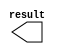
// megafunction wizard: %LPM_CONSTANT%VBB%
// GENERATION: STANDARD
// VERSION: WM1.0
// MODULE: lpm_constant 

// ============================================================
// Megafunction Name(s):
// 			lpm_constant
//
// Simulation Library Files(s):
// 			lpm
// ============================================================
// ************************************************************
// THIS IS A WIZARD-GENERATED FILE. DO NOT EDIT THIS FILE!
//
// 9.0 Build 132 02/25/2009 SJ Full Version
// ************************************************************

//Copyright (C) 1991-2009 Altera Corporation
//Your use of Altera Corporation's design tools, logic functions 
//and other software and tools, and its AMPP partner logic 
//functions, and any output files from any of the foregoing 
//(including device programming or simulation files), and any 
//associated documentation or information are expressly subject 
//to the terms and conditions of the Altera Program License 
//Subscription Agreement, Altera MegaCore Function License 
//Agreement, or other applicable license agreement, including, 
//without limitation, that your use is for the sole purpose of 
//programming logic devices manufactured by Altera and sold by 
//Altera or its authorized distributors.  Please refer to the 
//applicable agreement for further details.

module constant0 (
	result);

	output	[0:0]  result;

endmodule

// ============================================================
// CNX file retrieval info
// ============================================================
// Retrieval info: PRIVATE: INTENDED_DEVICE_FAMILY STRING "Stratix II"
// Retrieval info: PRIVATE: JTAG_ENABLED NUMERIC "1"
// Retrieval info: PRIVATE: JTAG_ID STRING "WR"
// Retrieval info: PRIVATE: Radix NUMERIC "10"
// Retrieval info: PRIVATE: SYNTH_WRAPPER_GEN_POSTFIX STRING "0"
// Retrieval info: PRIVATE: Value NUMERIC "0"
// Retrieval info: PRIVATE: nBit NUMERIC "1"
// Retrieval info: CONSTANT: LPM_CVALUE NUMERIC "0"
// Retrieval info: CONSTANT: LPM_HINT STRING "ENABLE_RUNTIME_MOD=YES, INSTANCE_NAME=WR"
// Retrieval info: CONSTANT: LPM_TYPE STRING "LPM_CONSTANT"
// Retrieval info: CONSTANT: LPM_WIDTH NUMERIC "1"
// Retrieval info: USED_PORT: result 0 0 1 0 OUTPUT NODEFVAL result[0..0]
// Retrieval info: CONNECT: result 0 0 1 0 @result 0 0 1 0
// Retrieval info: LIBRARY: lpm lpm.lpm_components.all
// Retrieval info: GEN_FILE: TYPE_NORMAL constant0.v TRUE
// Retrieval info: GEN_FILE: TYPE_NORMAL constant0.inc FALSE
// Retrieval info: GEN_FILE: TYPE_NORMAL constant0.cmp FALSE
// Retrieval info: GEN_FILE: TYPE_NORMAL constant0.bsf TRUE FALSE
// Retrieval info: GEN_FILE: TYPE_NORMAL constant0_inst.v TRUE
// Retrieval info: GEN_FILE: TYPE_NORMAL constant0_bb.v TRUE
// Retrieval info: LIB_FILE: lpm